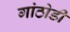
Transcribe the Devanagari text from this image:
गांठोडी